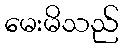
မေးမိသည်